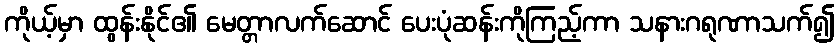
ကိုယ့်မှာ ထွန်းနိုင်၏ မေတ္တာလက်ဆောင် ပေးပုံဆန်းကိုကြည့်ကာ သနားဂရုဏာသက်၍